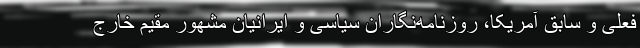
فعلی و سابق آمریکا، روزنامه‌نگاران سیاسی و ایرانیان مشهور مقیم خارج